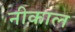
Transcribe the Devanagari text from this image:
नीकाल